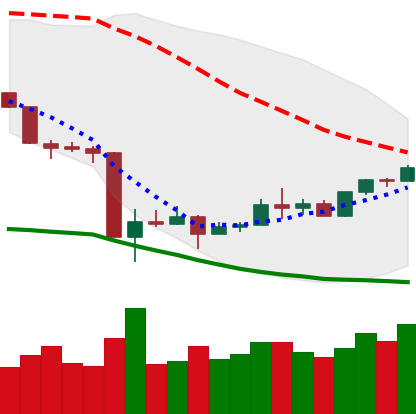
Ticker: XMR-USD
Chart end date: 2020-03-26
Forward return: -4.801%
Label: down_3_5